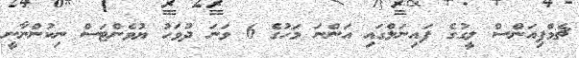
ޗެމްޕިއަންސް ލީގުގެ ފައިނަލްގައި އަންނަ މަހުގެ 6 ވަނަ ދުވަހު ޔުވެންޓަސް ނިކުންނާނީ